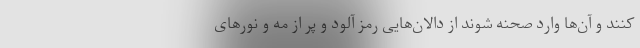
کنند و آن‌ها وارد صحنه شوند از دالان‌هایی رمز آلود و پر از مه و نورهای